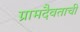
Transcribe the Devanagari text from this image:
ग्रामदैवताची